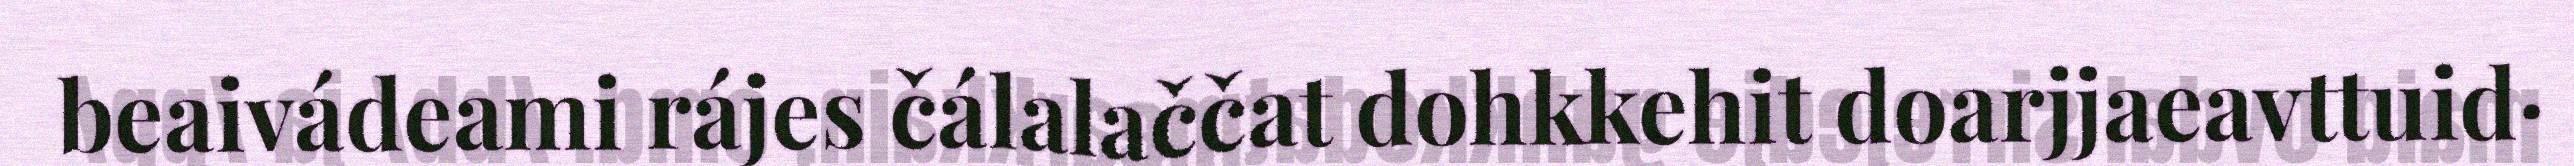
beaivádeami rájes čálalaččat dohkkehit doarjjaeavttuid·